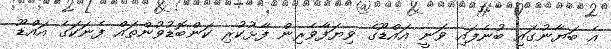
އެ ބަޔާނުގައި ބުނެފައި ވަނީ އައްޑޫގެ ވިޔަފާވެރިން ފާޅުކުރި ކަންބޮޑުވުންތައް ފެނަކަގެ އައްޑޫ